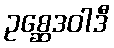
ဥစ္ဆေဒဝါဒီ